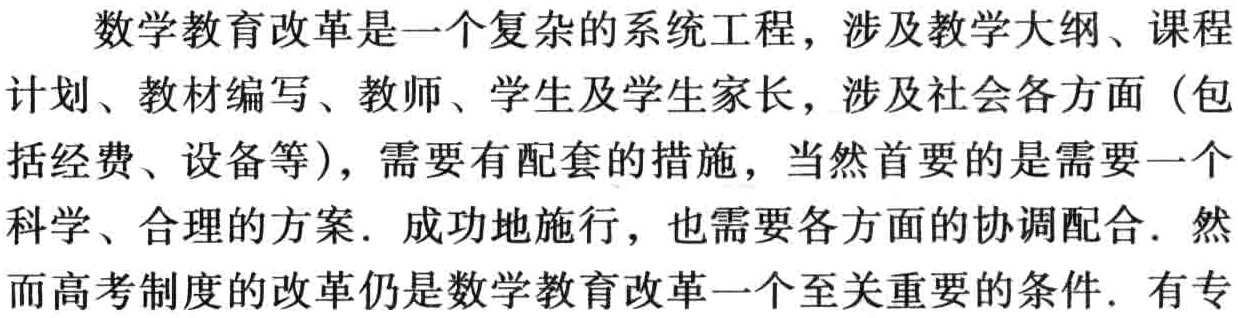
数学教育改革是一个复杂的系统工程，涉及教学大纲、课程计划、教材编写、教师、学生及学生家长，涉及社会各方面（包括经费、设备等），需要有配套的措施，当然首要的是需要一个科学、合理的方案. 成功地施行，也需要各方面的协调配合. 然而高考制度的改革仍是数学教育改革一个至关重要的条件. 有专